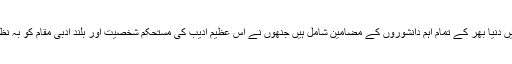
اس خاص اشاعت میں دنیا بھر کے تمام اہم دانشوروں کے مضامین شامل ہیں جنھوں نے اس عظیم ادیب کی مستحکم شخصیت اور بلند ادبی مقام کو بہ نظر تحسین دیکھا ہے۔